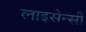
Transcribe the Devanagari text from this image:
लाइसेन्सी